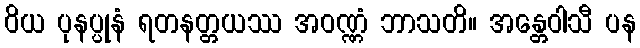
ဝိယ ပုနပ္ပုနံ ရတနတ္တယဿ အဝဏ္ဏံ ဘာသတိ။ အန္တေဝါသီ ပန